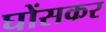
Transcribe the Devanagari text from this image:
घोंसकर